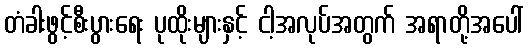
တံခါးဖွင့်စီးပွားရေး ပုထိုးများနှင့် ငါ့အလုပ်အတွက် အရာတို့အပေါ်